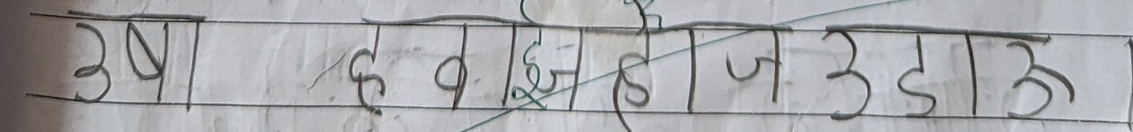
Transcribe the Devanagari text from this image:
उषहवझजडडा